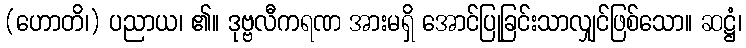
(ဟောတိ၊) ပညာယ၊ ၏။ ဒုဗ္ဗလီကရဏ အားမရှိ အောင်ပြုခြင်းသာလျှင်ဖြစ်သော။ ဆဋ္ဌံ၊